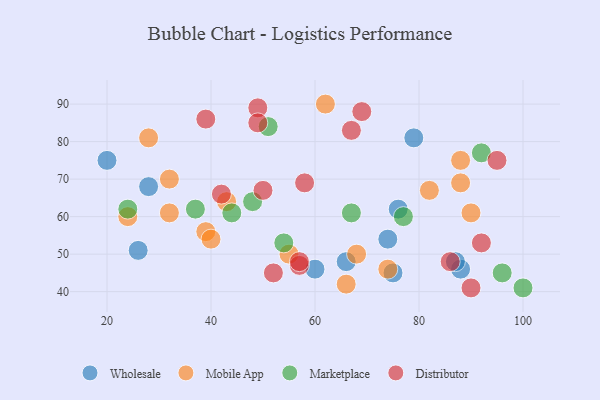
{"axis": {"x": "GDP", "y": "Life Expectancy"}, "legend": ["Distributor", "Marketplace", "Mobile App", "Wholesale"], "data": [{"x": "79", "y": 81, "type": "Wholesale"}, {"x": "28", "y": 68, "type": "Wholesale"}, {"x": "75", "y": 45, "type": "Wholesale"}, {"x": "60", "y": 46, "type": "Wholesale"}, {"x": "76", "y": 62, "type": "Wholesale"}, {"x": "88", "y": 46, "type": "Wholesale"}, {"x": "20", "y": 75, "type": "Wholesale"}, {"x": "74", "y": 54, "type": "Wholesale"}, {"x": "66", "y": 48, "type": "Wholesale"}, {"x": "26", "y": 51, "type": "Wholesale"}, {"x": "87", "y": 48, "type": "Wholesale"}, {"x": "74", "y": 46, "type": "Mobile App"}, {"x": "39", "y": 56, "type": "Mobile App"}, {"x": "43", "y": 64, "type": "Mobile App"}, {"x": "24", "y": 60, "type": "Mobile App"}, {"x": "32", "y": 61, "type": "Mobile App"}, {"x": "88", "y": 75, "type": "Mobile App"}, {"x": "66", "y": 42, "type": "Mobile App"}, {"x": "88", "y": 69, "type": "Mobile App"}, {"x": "40", "y": 54, "type": "Mobile App"}, {"x": "62", "y": 90, "type": "Mobile App"}, {"x": "55", "y": 50, "type": "Mobile App"}, {"x": "68", "y": 50, "type": "Mobile App"}, {"x": "90", "y": 61, "type": "Mobile App"}, {"x": "82", "y": 67, "type": "Mobile App"}, {"x": "28", "y": 81, "type": "Mobile App"}, {"x": "32", "y": 70, "type": "Mobile App"}, {"x": "37", "y": 62, "type": "Marketplace"}, {"x": "67", "y": 61, "type": "Marketplace"}, {"x": "44", "y": 61, "type": "Marketplace"}, {"x": "24", "y": 62, "type": "Marketplace"}, {"x": "51", "y": 84, "type": "Marketplace"}, {"x": "100", "y": 41, "type": "Marketplace"}, {"x": "96", "y": 45, "type": "Marketplace"}, {"x": "54", "y": 53, "type": "Marketplace"}, {"x": "92", "y": 77, "type": "Marketplace"}, {"x": "48", "y": 64, "type": "Marketplace"}, {"x": "77", "y": 60, "type": "Marketplace"}, {"x": "57", "y": 47, "type": "Distributor"}, {"x": "49", "y": 89, "type": "Distributor"}, {"x": "57", "y": 48, "type": "Distributor"}, {"x": "69", "y": 88, "type": "Distributor"}, {"x": "90", "y": 41, "type": "Distributor"}, {"x": "86", "y": 48, "type": "Distributor"}, {"x": "50", "y": 67, "type": "Distributor"}, {"x": "49", "y": 85, "type": "Distributor"}, {"x": "95", "y": 75, "type": "Distributor"}, {"x": "42", "y": 66, "type": "Distributor"}, {"x": "67", "y": 83, "type": "Distributor"}, {"x": "52", "y": 45, "type": "Distributor"}, {"x": "58", "y": 69, "type": "Distributor"}, {"x": "92", "y": 53, "type": "Distributor"}, {"x": "39", "y": 86, "type": "Distributor"}]}